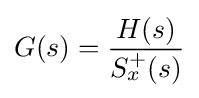
G(s)={\frac {H(s)}{S_{x}^{+}(s)}}